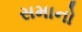
સમાનો